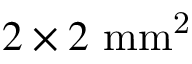
2 \times 2 ~ \mathrm { m m ^ { 2 } }